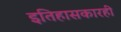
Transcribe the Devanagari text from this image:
इतिहासकारही